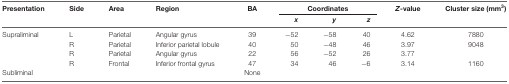
<table><thead><tr><td><b>Presentation</b></td><td><b>Side</b></td><td><b>Area</b></td><td><b>Region</b></td><td><b>BA</b></td><td colspan="3"><b>Coordinates</b></td><td><b><i>Z</i>-value</b></td><td><b>Cluster size (mm<sup>3</sup>)</b></td></tr><tr><td></td><td></td><td></td><td></td><td></td><td><b><i>x</i></b></td><td><b><i>y</i></b></td><td><b><i>z</i></b></td><td></td><td></td></tr></thead><tbody><tr><td>Supraliminal</td><td>L</td><td>Parietal</td><td>Angular gyrus</td><td>39</td><td>−52</td><td>−58</td><td>40</td><td>4.62</td><td>7880</td></tr><tr><td></td><td>R</td><td>Parietal</td><td>Inferior parietal lobule</td><td>40</td><td>50</td><td>−48</td><td>46</td><td>3.97</td><td>9048</td></tr><tr><td></td><td>R</td><td>Parietal</td><td>Angular gyrus</td><td>22</td><td>56</td><td>−52</td><td>26</td><td>3.77</td><td></td></tr><tr><td></td><td>R</td><td>Frontal</td><td>Inferior frontal gyrus</td><td>47</td><td>34</td><td>46</td><td>−6</td><td>3.14</td><td>1160</td></tr><tr><td>Subliminal</td><td></td><td></td><td></td><td>None</td></tr></tbody></table>